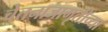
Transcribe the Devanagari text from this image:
चेतनाजागृतीच्या